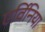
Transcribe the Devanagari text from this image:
एर्विनिया